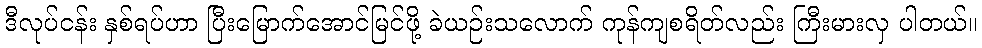
ဒီလုပ်ငန်း နှစ်ရပ်ဟာ ပြီးမြောက်အောင်မြင်ဖို့ ခဲယဉ်းသလောက် ကုန်ကျစရိတ်လည်း ကြီးမားလှ ပါတယ်။